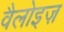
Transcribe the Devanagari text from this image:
वैलोइज़